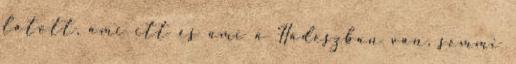
látott, ami itt és ami a Hádészban van, semmi